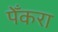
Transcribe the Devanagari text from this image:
पेँकरा